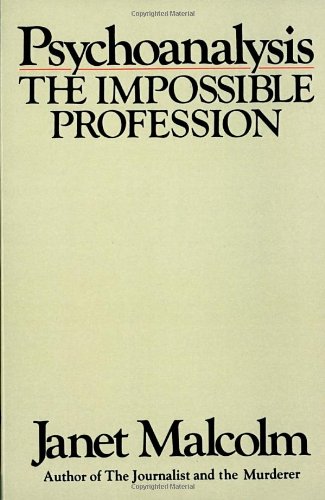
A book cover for Psychoanalysis: The Impossible Profession; Janet Malcolm; Health, Fitness & Dieting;